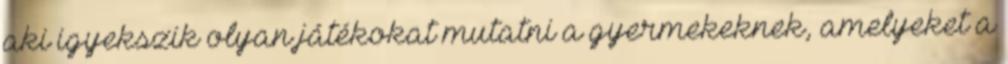
aki igyekszik olyan játékokat mutatni a gyermekeknek, amelyeket a